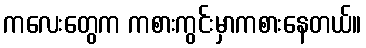
ကလေးတွေက ကစားကွင်းမှာကစားနေတယ်။